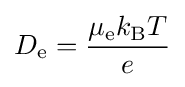
D_{\text{e}}={\frac {\mu _{\text{e}}k_{\text{B}}T}{e}}